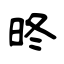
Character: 昸